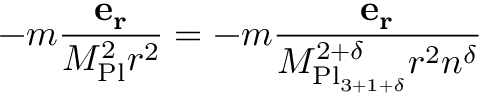
- m { \frac { \mathbf { e _ { r } } } { M _ { \mathrm { P l } } ^ { 2 } r ^ { 2 } } } = - m { \frac { \mathbf { e _ { r } } } { M _ { \mathrm { P l } _ { 3 + 1 + \delta } } ^ { 2 + \delta } r ^ { 2 } n ^ { \delta } } }